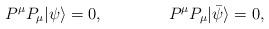
LaTeX: \begin{align*} P^\mu P_\mu |\psi\rangle=0,\qquad\qquad P^\mu P_\mu |\bar\psi\rangle=0,\end{align*}